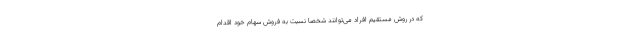
که در روش مستقیم افراد می‌توانند شخصا نسبت به فروش سهام خود اقدام